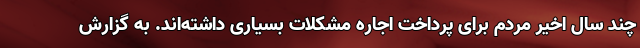
چند سال اخیر مردم برای پرداخت اجاره مشکلات بسیاری داشته‌اند. به گزارش